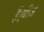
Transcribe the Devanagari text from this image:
हैं।बीज